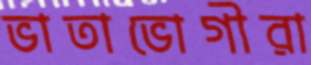
ভাতাভোগীরা